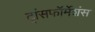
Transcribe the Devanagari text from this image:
ट्रांसफॉर्मेशंस